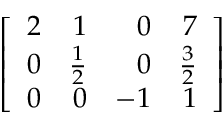
\left[ { \begin{array} { r r r r } { 2 } & { 1 } & { 0 } & { 7 } \\ { 0 } & { { \frac { 1 } { 2 } } } & { 0 } & { { \frac { 3 } { 2 } } } \\ { 0 } & { 0 } & { - 1 } & { 1 } \end{array} } \right]